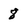
Character: 8